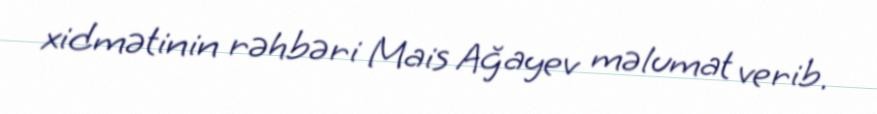
xidmətinin rəhbəri Mais Ağayev məlumat verib.